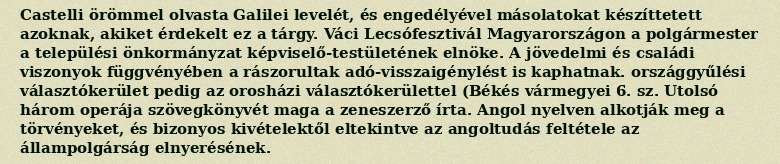
Castelli örömmel olvasta Galilei levelét, és engedélyével másolatokat készíttetett azoknak, akiket érdekelt ez a tárgy. Váci Lecsófesztivál Magyarországon a polgármester a települési önkormányzat képviselő-testületének elnöke. A jövedelmi és családi viszonyok függvényében a rászorultak adó-visszaigénylést is kaphatnak. országgyűlési választókerület pedig az orosházi választókerülettel (Békés vármegyei 6. sz. Utolsó három operája szövegkönyvét maga a zeneszerző írta. Angol nyelven alkotják meg a törvényeket, és bizonyos kivételektől eltekintve az angoltudás feltétele az állampolgárság elnyerésének.